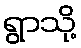
ရွာသို့